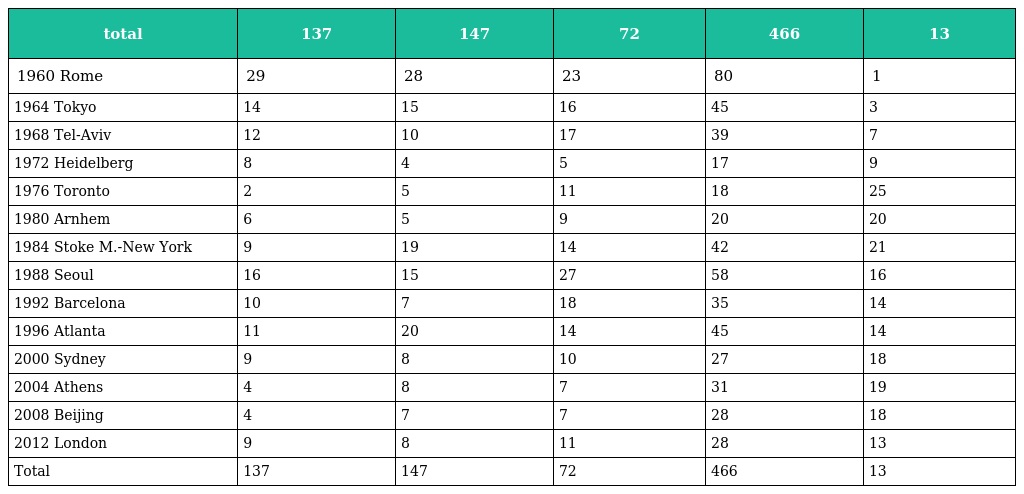
| total | 137 | 147 | 72 | 466 | 13 |
 | --- | --- | --- | --- | --- | --- |
 | 1960 Rome | 29 | 28 | 23 | 80 | 1 |
 | 1964 Tokyo | 14 | 15 | 16 | 45 | 3 |
 | 1968 Tel-Aviv | 12 | 10 | 17 | 39 | 7 |
 | 1972 Heidelberg | 8 | 4 | 5 | 17 | 9 |
 | 1976 Toronto | 2 | 5 | 11 | 18 | 25 |
 | 1980 Arnhem | 6 | 5 | 9 | 20 | 20 |
 | 1984 Stoke M.-New York | 9 | 19 | 14 | 42 | 21 |
 | 1988 Seoul | 16 | 15 | 27 | 58 | 16 |
 | 1992 Barcelona | 10 | 7 | 18 | 35 | 14 |
 | 1996 Atlanta | 11 | 20 | 14 | 45 | 14 |
 | 2000 Sydney | 9 | 8 | 10 | 27 | 18 |
 | 2004 Athens | 4 | 8 | 7 | 31 | 19 |
 | 2008 Beijing | 4 | 7 | 7 | 28 | 18 |
 | 2012 London | 9 | 8 | 11 | 28 | 13 |
 | Total | 137 | 147 | 72 | 466 | 13 |